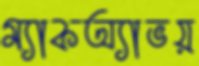
ম্যাকঅ্যাভয়